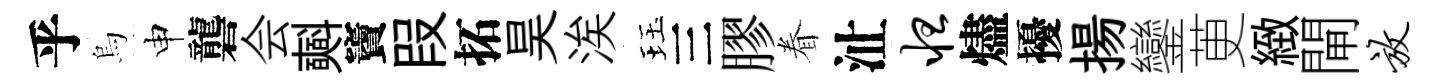
乎烏申礱会𣂏竇叚拓昊涘珏三膠眷沚怛燼擾揚鑾茰緻閘放